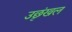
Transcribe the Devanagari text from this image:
उछृंखल